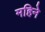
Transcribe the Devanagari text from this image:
महिनेे